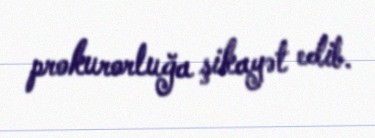
prokurorluğa şikayət edib.